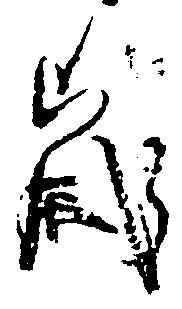
歳